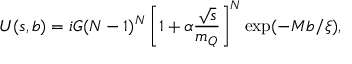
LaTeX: U ( s , b ) = i G ( N - 1 ) ^ { N } \left[ 1 + \alpha \frac { \sqrt { s } } { m _ { Q } } \right] ^ { N } \exp ( - M b / \xi ) ,